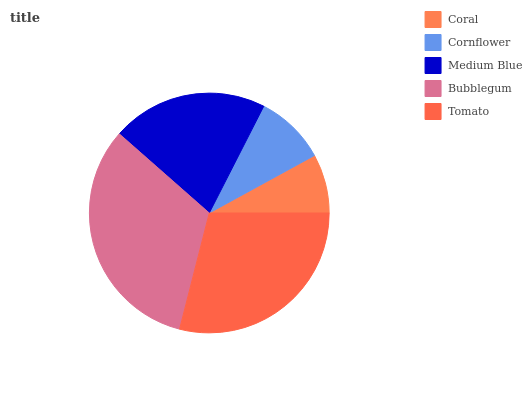
| Coral | Cornflower | Medium Blue | Bubblegum | Tomato |
 | --- | --- | --- | --- | --- |
 | 7.98% | 9.52% | 21% | 32.5% | 29% |